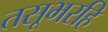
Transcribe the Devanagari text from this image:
तसूभरहि